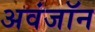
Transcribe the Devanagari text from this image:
अवंजॉन